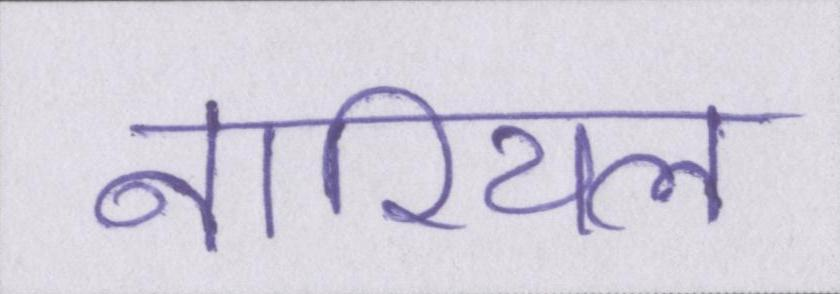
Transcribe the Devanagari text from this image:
नारियल